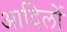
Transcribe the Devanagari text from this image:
आदिलों